Vabadussoja_Ajaloo_Komitee, lk 63
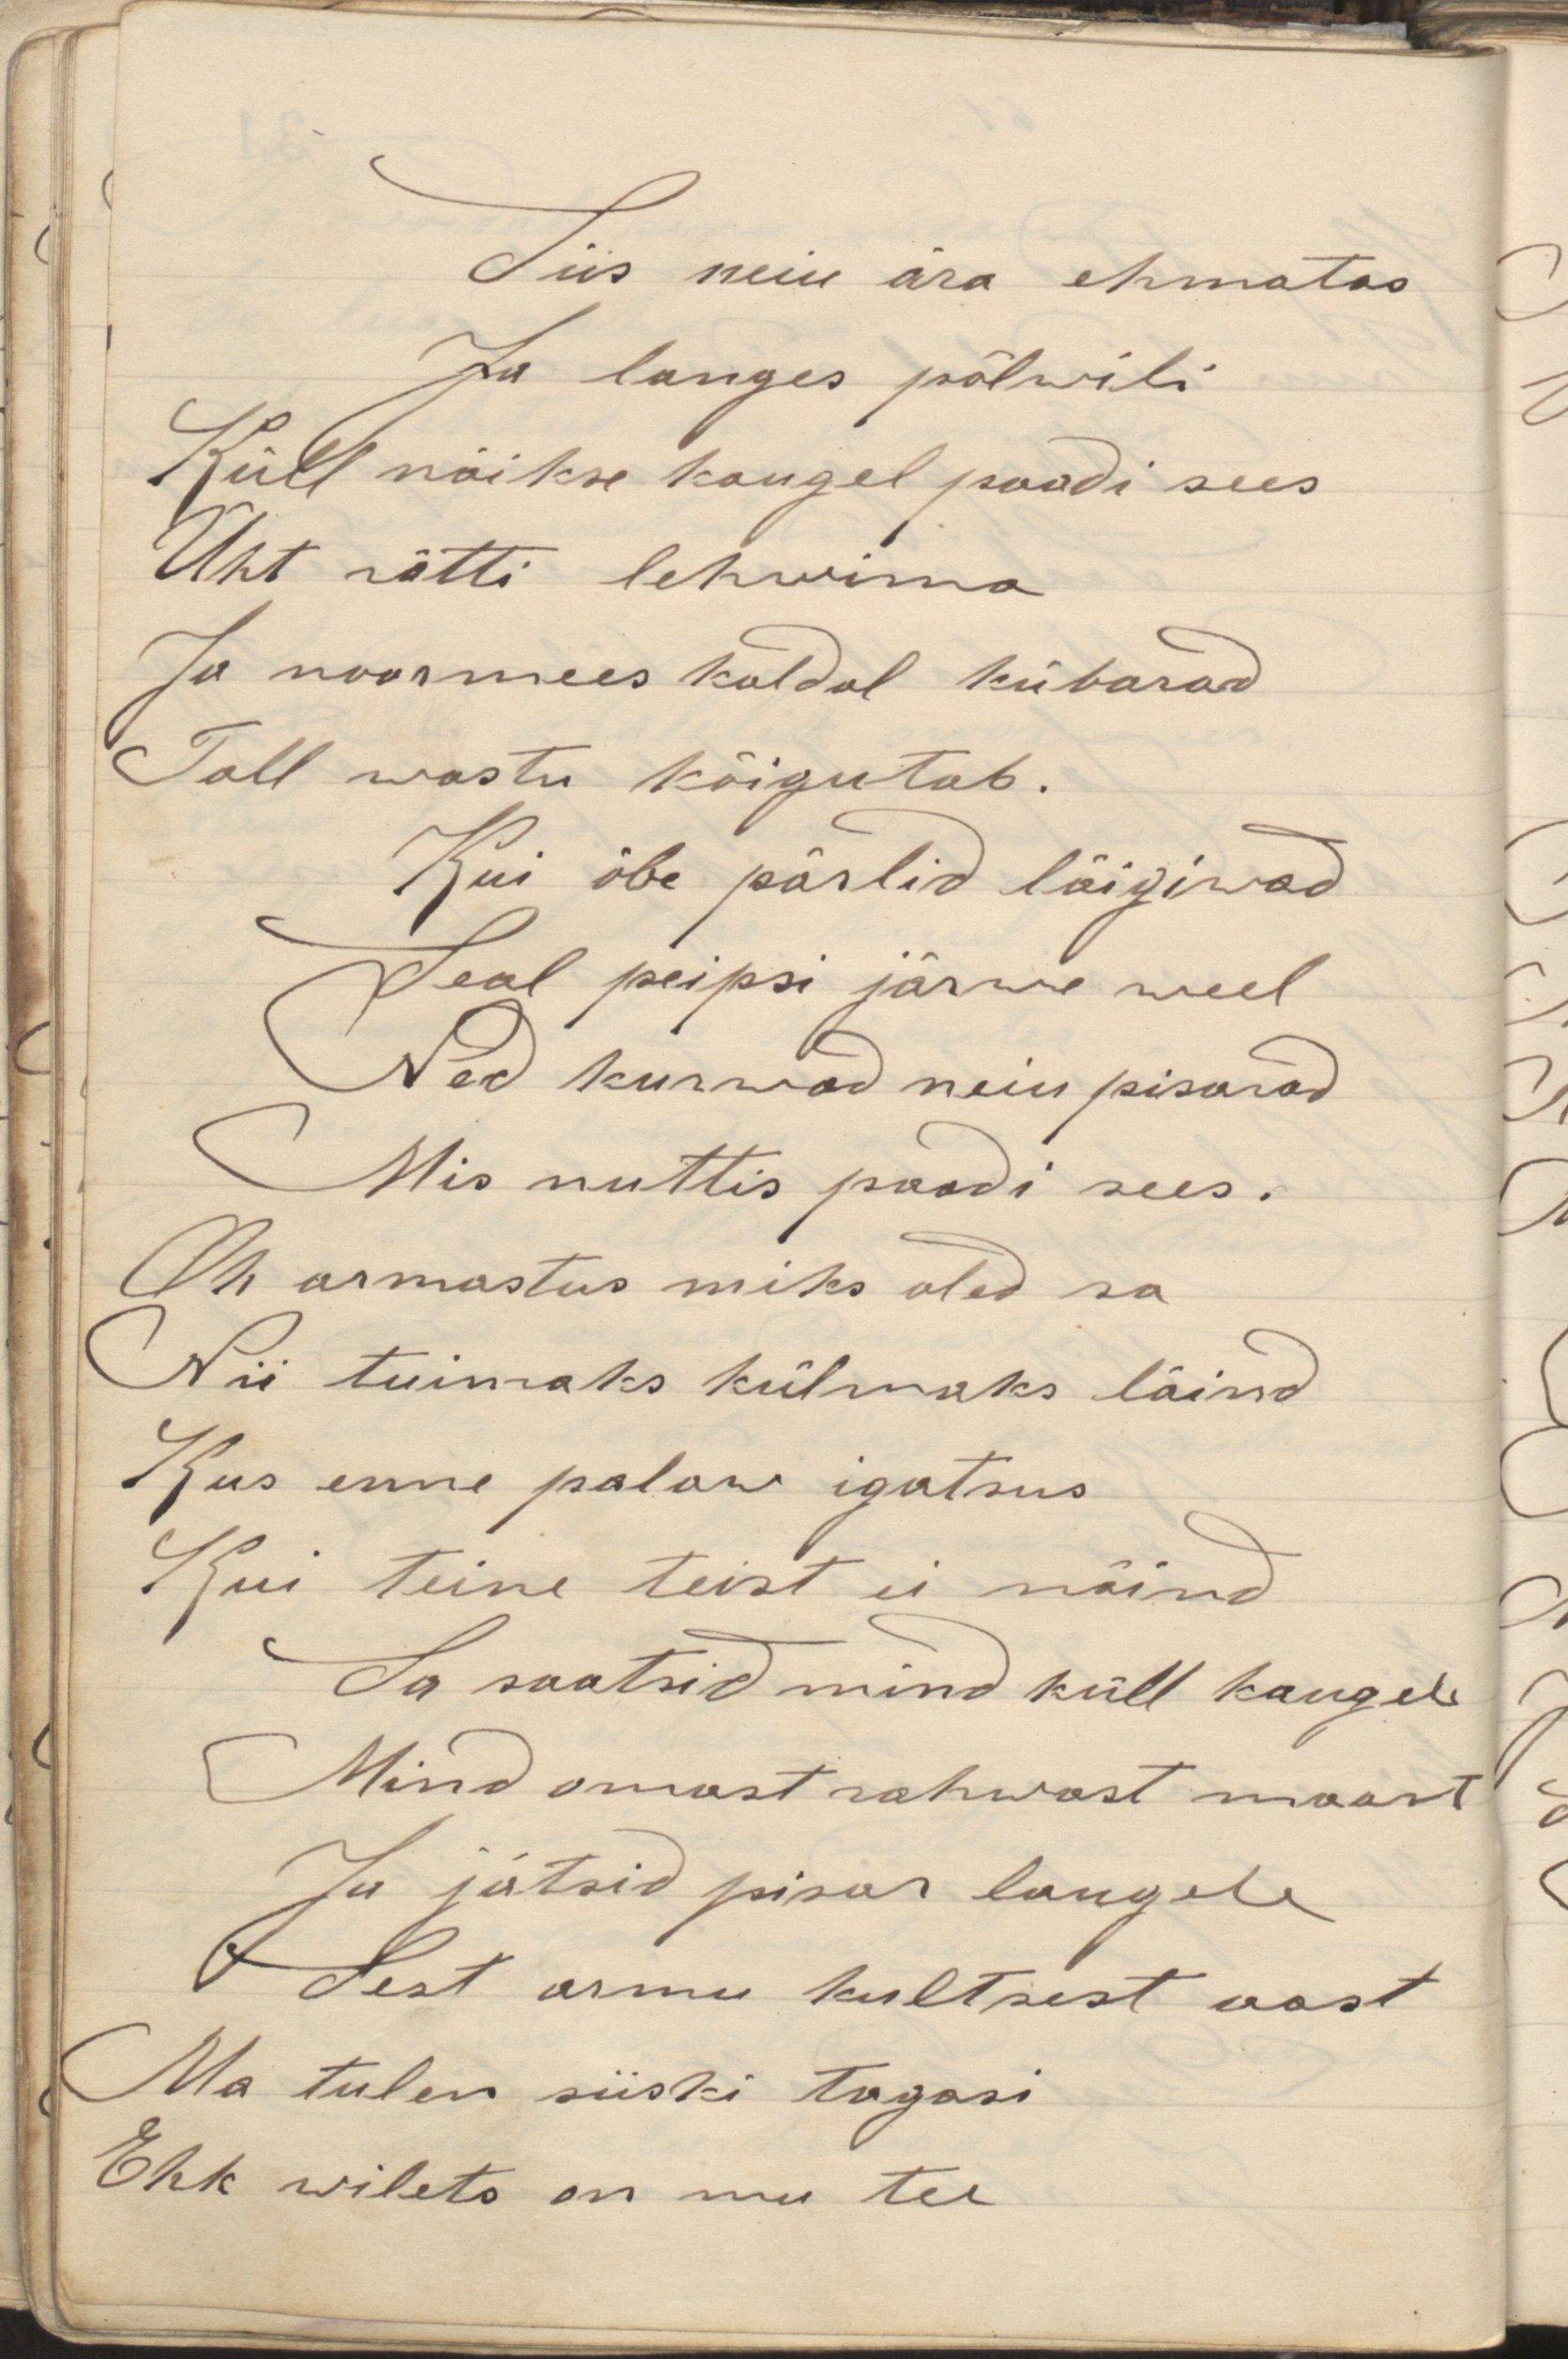
Siis neiu ära ehmatas
Ja langes põlvili
Küll näikse kaugel paadi sees
Üht rätti lehwima
Ja noormees kaldal kübara
Tall wastu kõigutab.
Kui öbe pärlid läigiwad
Seal peipsi järve weel
Ned kurwad neiu pisarad
Mis nuttis paadi sees.
Oh armastus miks oled sa
Nii tuimaks külmaks läind
Kus enne palaw igatsus
Kui teine teist ei näind
Ja saatsid mind küll kaugele
Mind omast rahwast maast
Ja jätsid pisar laugele
Sest armu kultsest aast
Ma tulen siiski tagasi
Ehk wilets on mu tee